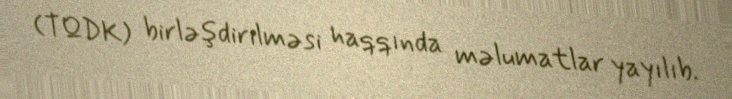
(TQDK) birləşdirilməsi haqqında məlumatlar yayılıb.